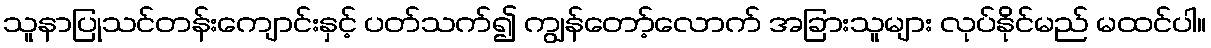
သူနာပြုသင်တန်းကျောင်းနှင့် ပတ်သက်၍ ကျွန်တော့်လောက် အခြားသူများ လုပ်နိုင်မည် မထင်ပါ။